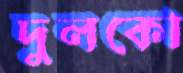
দুলকো